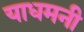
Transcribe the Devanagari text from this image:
याधमनी